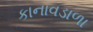
કાનાવડાળા